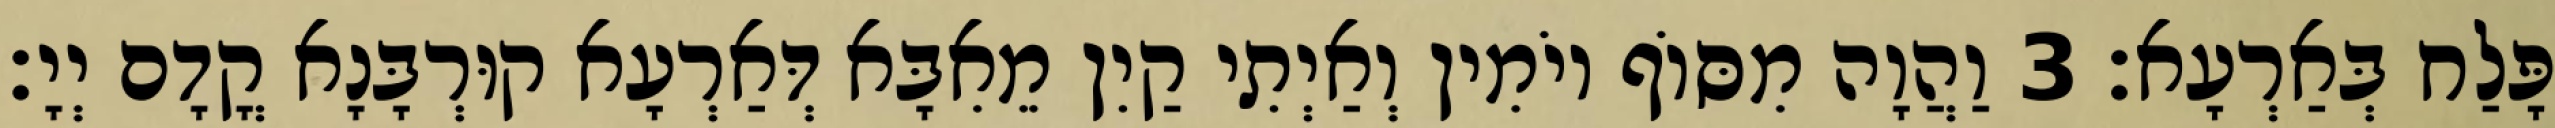
פָּלַח בְּאַרְעָא׃ 3 וַהֲוָה מִסּוֹף יוֹמִין וְאַיְתִי קַיִן מֵאִבָּא דְּאַרְעָא קוּרְבָּנָא קֳדָם יְיָ׃